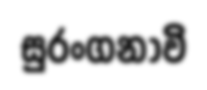
සුරංගනාවි